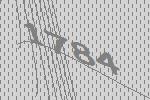
1784